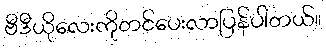
ဗီဒီယိုလေးကိုတင်ပေးလာပြန်ပါတယ်။